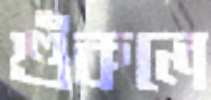
শুঁকলে